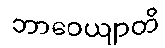
ဘာဝေယျာတိ